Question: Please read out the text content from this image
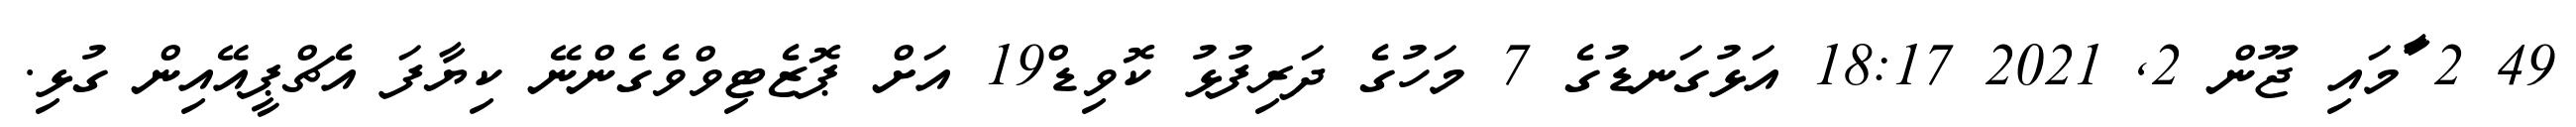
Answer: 49 2 ާަަމައި ޖޫން 2, 2021 18:17 އަޅުގަނޑުގެ 7 މަހުގެ ދަރިފުޅު ކޮވިޑް19 އަށް ޕޮޒެޓިވްވެގެންނޭ ކިޔާފަ އެޗްޕީއޭއިން ގުޅި.